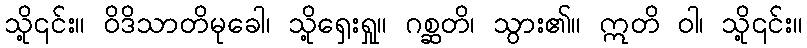
သို့၎င်း။ ဝိဒိသာတိမုခေါ၊ သို့ရှေးရှု။ ဂစ္ဆတိ၊ သွား၏။ ဣတိ ဝါ၊ သို့၎င်း။